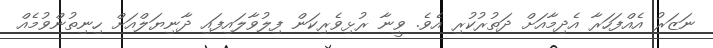
ނަޒަރު އެއްފަހަރާ އެދިމާއަށް ދަތުރުކުރި އެވެ. ވީނާ ރުޅިވެރިކަން ފިލުވާލައިފައި ދާނިޔަލްއަށް ހިނިތުންވުމެއް